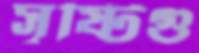
সৃষ্টিগু